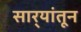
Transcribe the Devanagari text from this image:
सार्‍यांतून